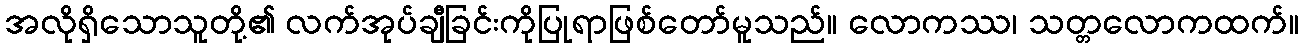
အလိုရှိသောသူတို့၏ လက်အုပ်ချီခြင်းကိုပြုရာဖြစ်တော်မူသည်။ လောကဿ၊ သတ္တလောကထက်။